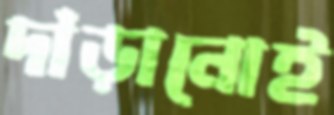
দাঁড়ানোই